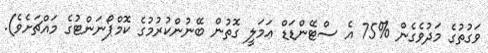
ވަގުތުގެ މަދުވެގެން %75 އެ ސްޓޭންޑަޑް ޢަމަލީ ގޮތުން ބޭނުންކުރުމުގެ ކޮމްޕޯނަންޓުގެ މައްޗަށެވެ).